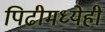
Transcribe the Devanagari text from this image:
पिढीमध्येही